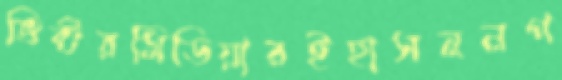
ভিক্টরমিডিয়ারইহাসননগ